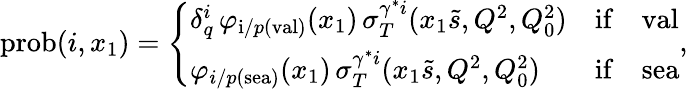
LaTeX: \mathrm{prob}(i,x_{1})=\left\{ \begin{array}{lll}{{\delta_{q}^{i}\, \varphi_{\mathrm{i}/p(\mathrm{val})}(x_{1})\, \sigma_{T}^{\gamma^{*}i}(x_{1}\tilde{s},Q^{2},Q_{0}^{2})}}&{{\mathrm{if}}}&{{\mathrm{val}}}\\ {{\varphi_{i/p(\mathrm{sea})}(x_{1})\, \sigma_{T}^{\gamma^{*}i}(x_{1}\tilde{s},Q^{2},Q_{0}^{2})}}&{{\mathrm{if}}}&{{\mathrm{sea}}}\end{array}\right.,